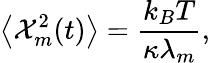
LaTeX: \left<\mathcal{X}_{m}^{2}(t)\right>=\frac{k_{B}T}{\kappa\lambda_{m}},